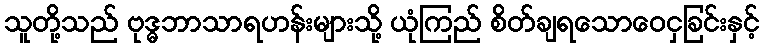
သူတို့သည် ဗုဒ္ဓဘာသာရဟန်းများသို့ ယုံကြည် စိတ်ချရသောဝေငှခြင်းနှင့်